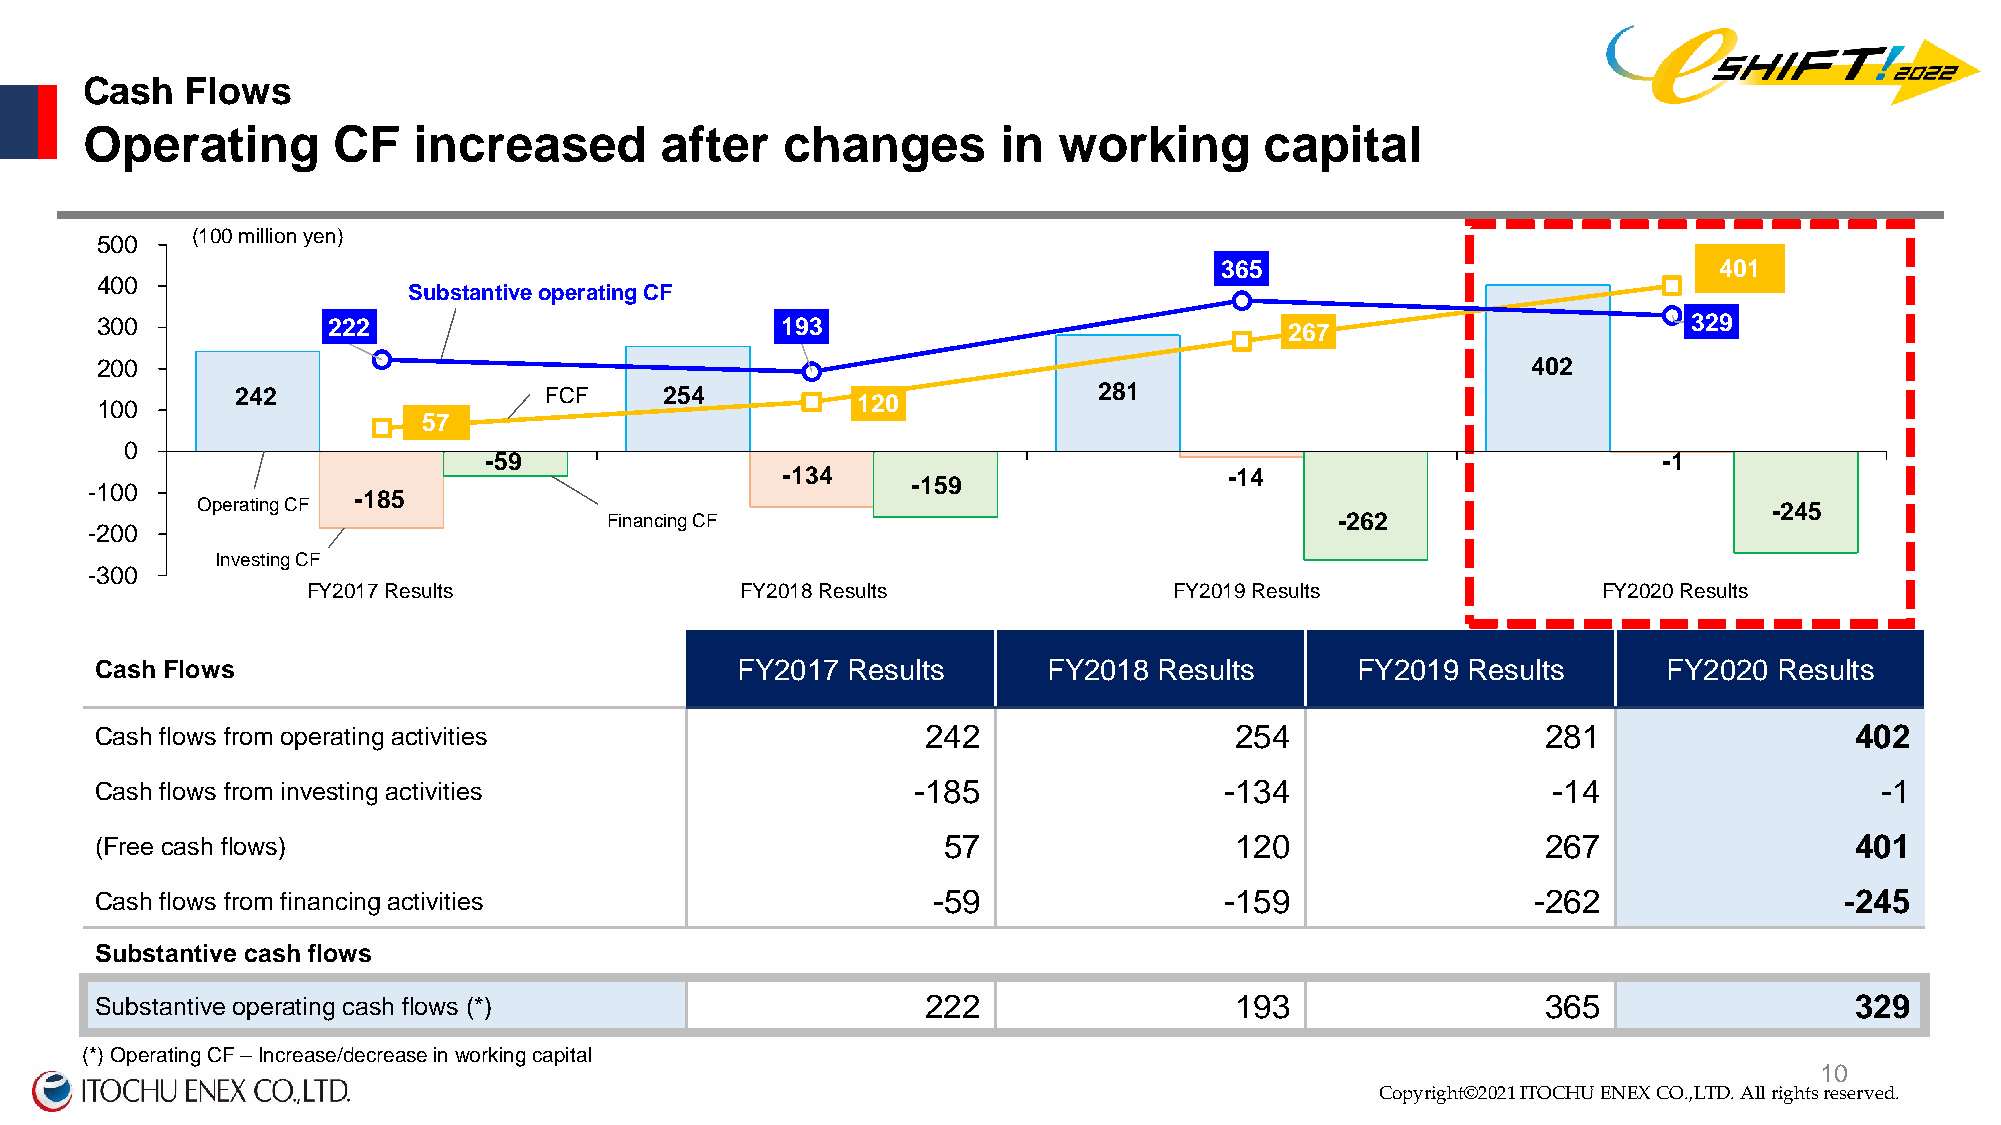
Cash  Flows
 Operating       CF   increased        after   changes       in  working       capital
 (100 million yen)
 500
 365                              401
 400
 Substantive operating CF
 300             222                           193                              267                        329
 200                                                                                            402
 242                 FCF     254                          281
 100                                                120
 57
 0
 -59                                                                           -1
 -134                         -14
 -159
 -100
 -185
 Operating CF                                                                                            -245
 Financing CF                                     -262
 -200
 Investing CF
 -300
 FY2017 Results               FY2018 Results               FY2019 Results              FY2020 Results
 Cash Flows                                 FY2017 Results      FY2018  Results      FY2019 Results      FY2020  Results
 Cash flows from operating activities                   242                  254                 281                  402
 Cash flows from investing activities                   -185                -134                  -14                  -1
 (Free cash flows)                                       57                  120                 267                  401
 Cash flows from financing activities                    -59                -159                 -262                -245
 Substantive cash flows
 Substantive operating cash flows (*)                   222                  193                 365                  329
 (*) Operating CF –Increase/decrease in working capital
 Copyright©2020 ITOCHU ENEX CO.,LTD. All right1s 0reserved.
 Copyright©2021 ITOCHU ENEX CO.,LTD. All rights reserved.